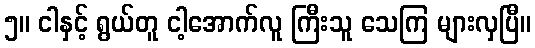
၅။ ငါနှင့် ရွယ်တူ ငါ့အောက်လူ ကြီးသူ သေကြ များလှပြီ။